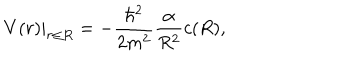
V ( r ) | _ { r \leq R } = - \frac { \hbar ^ { 2 } } { 2 m ^ { 2 } } \frac { \alpha } { R ^ { 2 } } c ( R ) ,